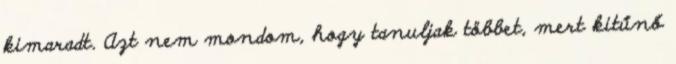
kimaradt. Azt nem mondom, hogy tanuljak többet, mert kitűnő